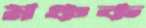
মঞ্চক